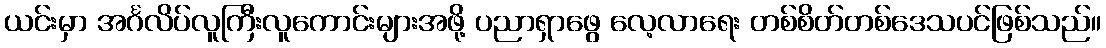
ယင်းမှာ အင်္ဂလိပ်လူကြီးလူကောင်းများအဖို့ ပညာရှာဖွေ လေ့လာရေး တစ်စိတ်တစ်ဒေသပင်ဖြစ်သည်။